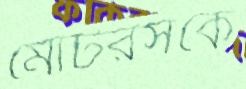
মোটরসকে